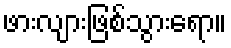
ဖားလျားဖြစ်သွားရော။